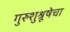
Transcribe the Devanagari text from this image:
गुरुशुश्रूषेचा